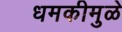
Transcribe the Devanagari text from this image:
धमकीमुळे